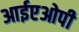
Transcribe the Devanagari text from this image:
आईएओपी